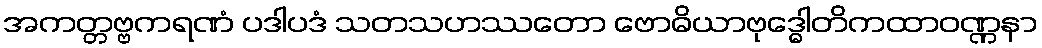
အကတ္တဗ္ဗကရဏံ ပဒါပဒံ သတသဟဿတော ဗောဓိယာဗုဒ္ဓေါတိကထာဝဏ္ဏနာ